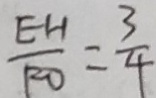
\frac { E H } { F O } = \frac { 3 } { 4 }